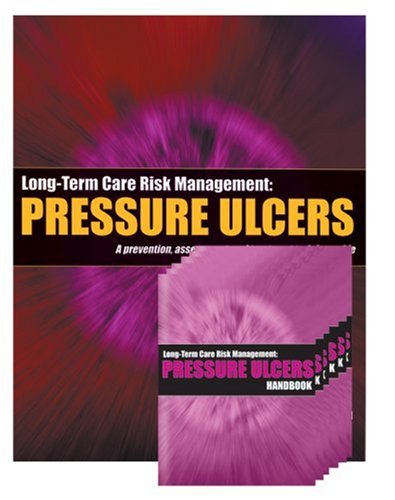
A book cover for Long-Term Care Risk Management: Pressure Ulcers Manual; Karen Clay; Health, Fitness & Dieting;